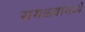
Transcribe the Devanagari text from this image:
सगळ्यांमध्ये